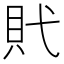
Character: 𧴰